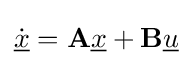
{\dot {\underline {x}}}=\mathbf {A} {\underline {x}}+\mathbf {B} {\underline {u}}